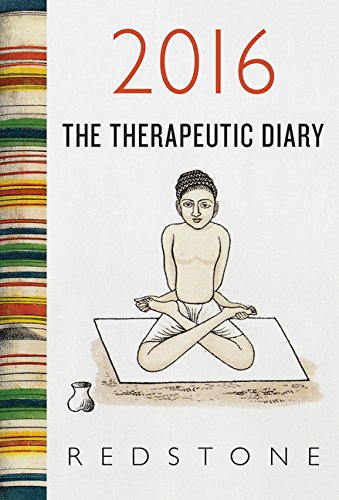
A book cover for Redstone Diary 2016: The Therapeutic Diary (Redstone Books); Julian Rothenstein; Calendars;